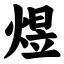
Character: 煜